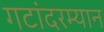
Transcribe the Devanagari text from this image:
गटांदरम्यान